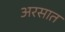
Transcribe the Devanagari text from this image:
अरसात